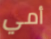
أمي